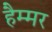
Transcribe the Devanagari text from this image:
हैम्मर